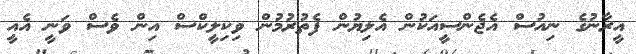
އީރާނުގެ ނިއުސް އެޖެންސީއަކުން އެލިޔުން ފެތުރުމުން ވިކިލީކްސް އިން ވެސް ވަނީ އެއީ